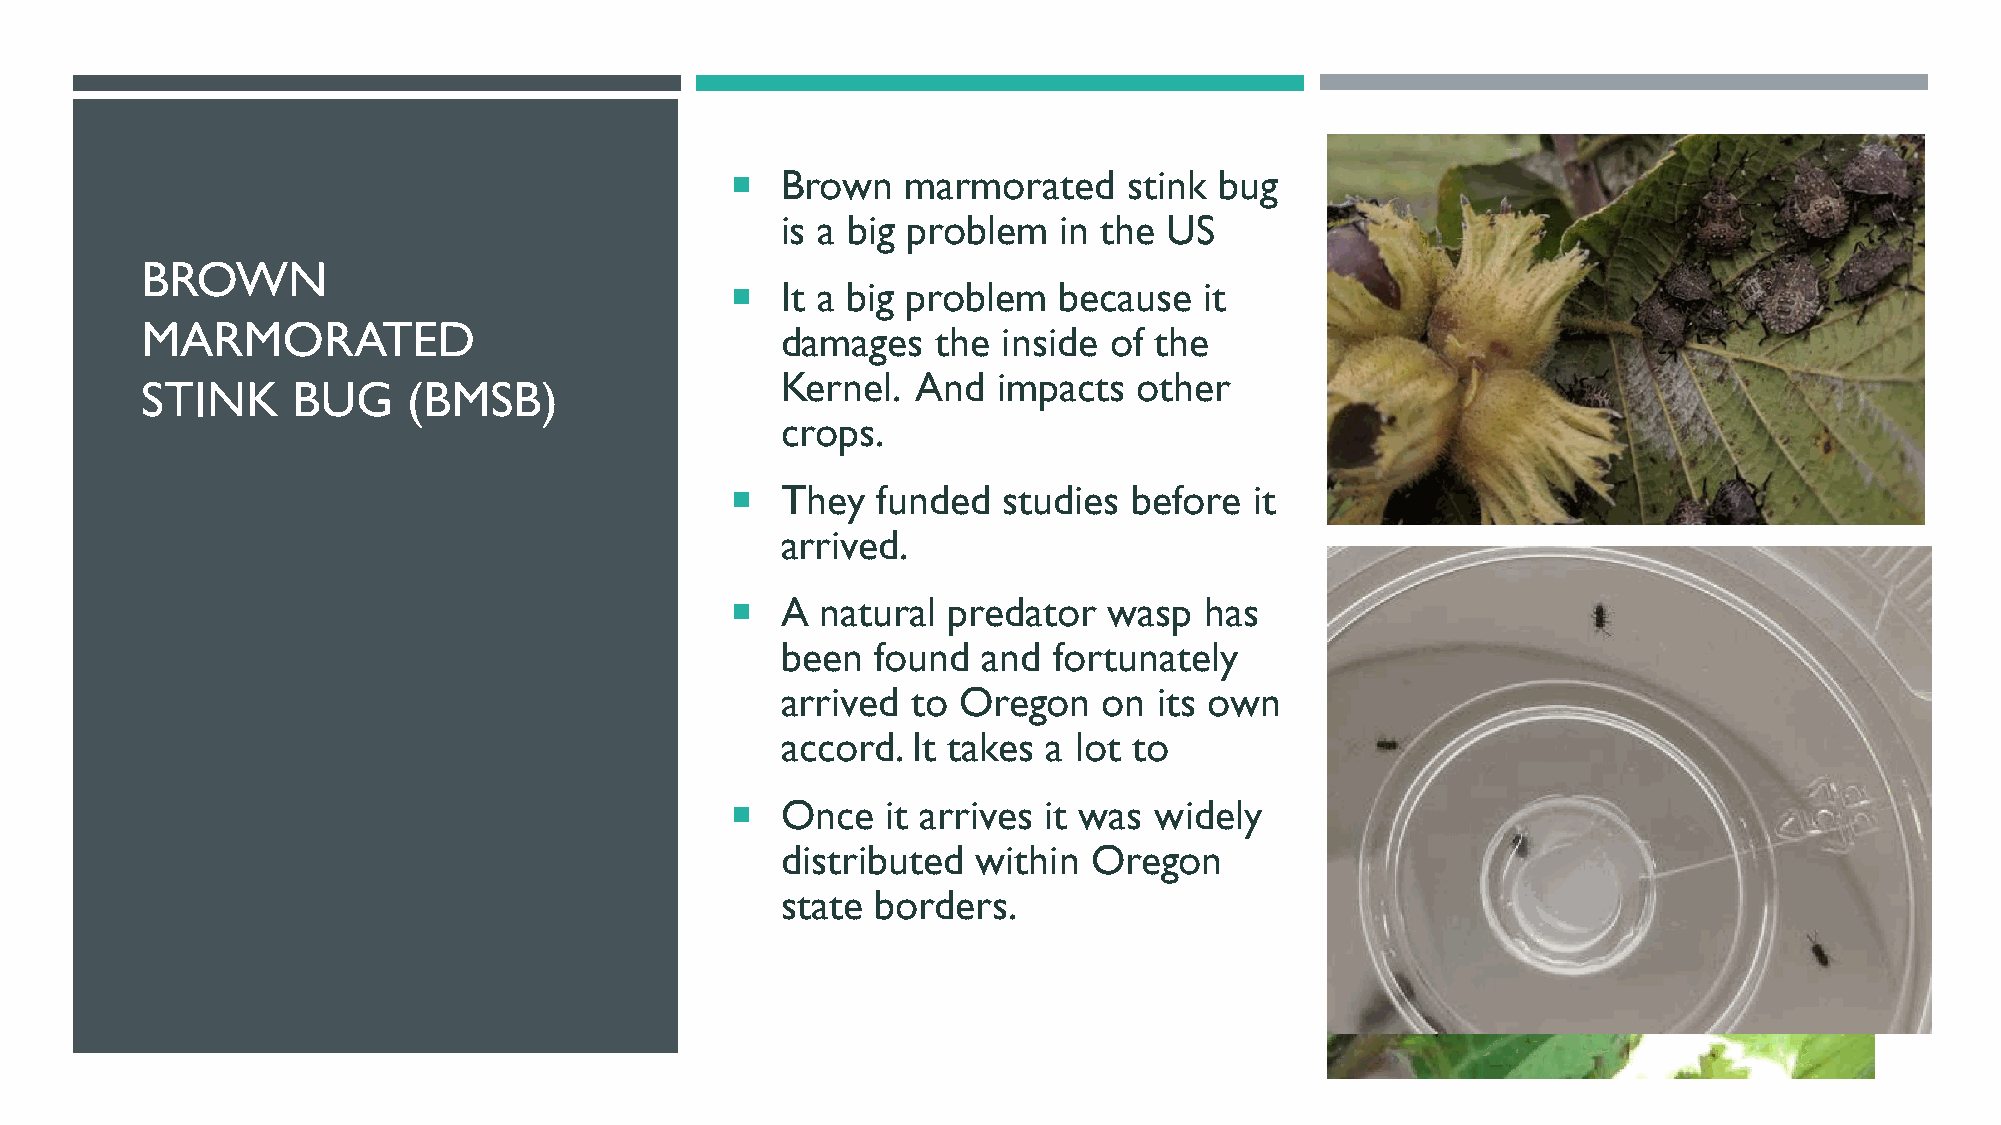
   Brown   marmorated     stink bug
 is a big problem  in the US
 BROWN
    It a big problem  because   it
 MARMORATED                                 damages   the inside of the
 Kernel.  And  impacts  other
 STINK     BUG     (BMSB)
 crops.
    They  funded  studies  before  it
 arrived.
    A natural  predator  wasp   has
 been  found  and  fortunately
 arrived to Oregon    on  its own
 accord. It takes a lot to
    Once   it arrives it was widely
 distributed  within Oregon
 state borders.